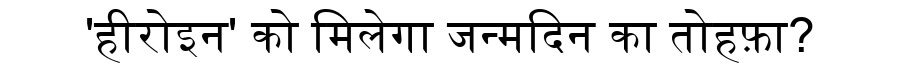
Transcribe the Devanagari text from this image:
'हीरोइन' को मिलेगा जन्मदिन का तोहफ़ा?